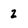
Character: 2